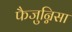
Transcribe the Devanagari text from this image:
फैजुन्निसा